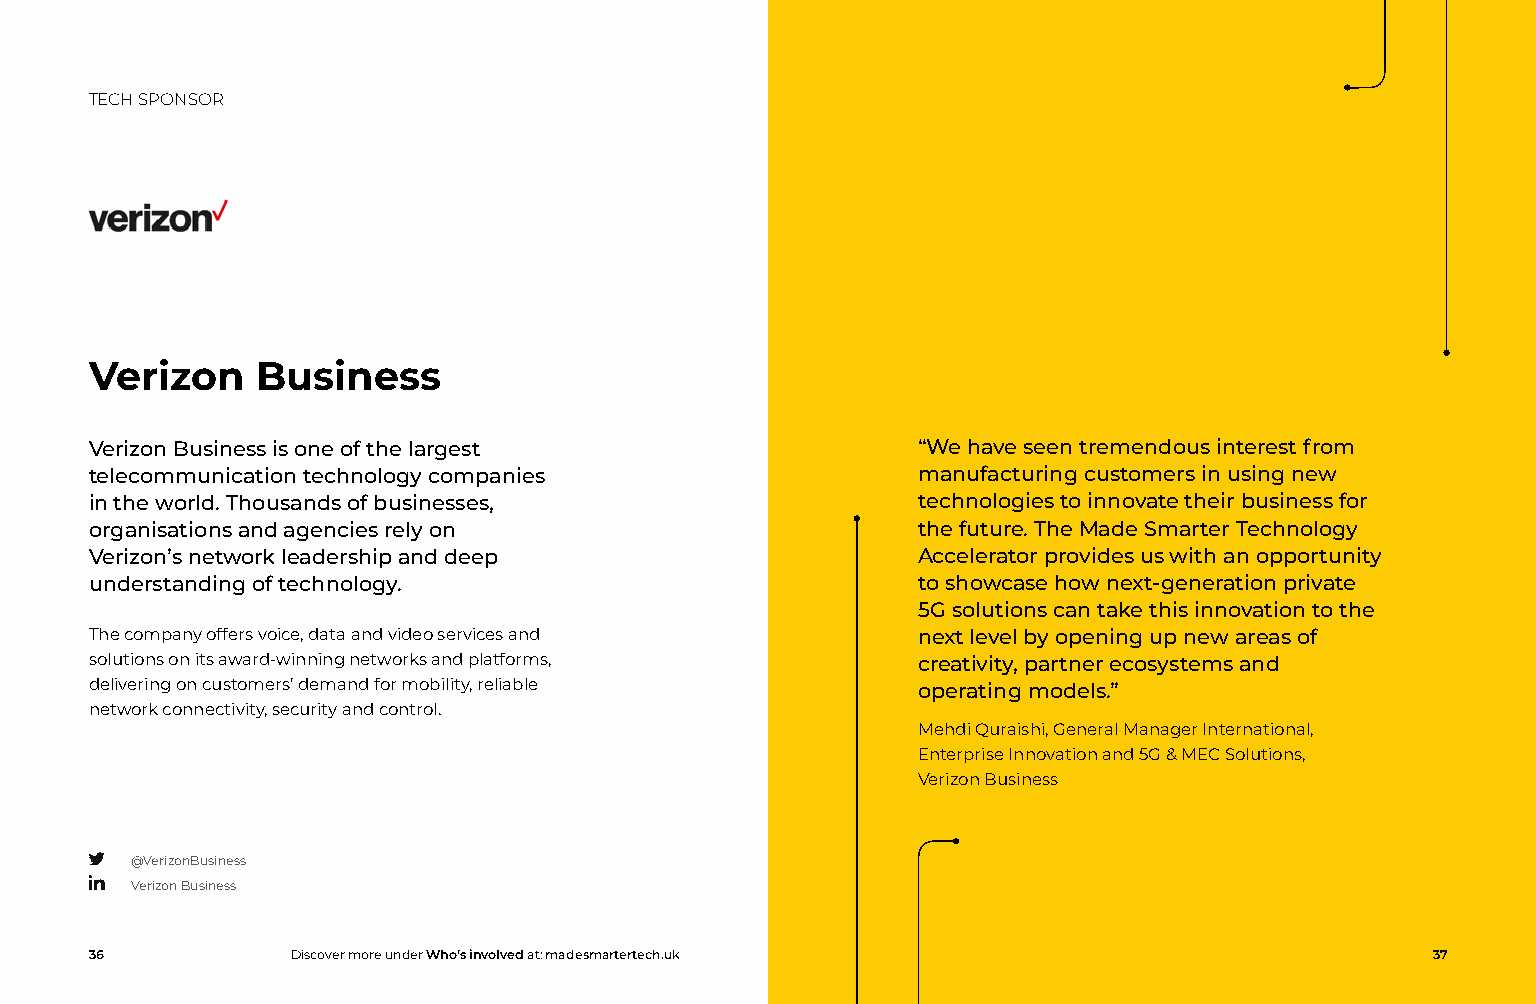
TECH SPONSOR
 Verizon    Business
 Verizon Business is one of the largest                 “We have seen tremendous interest from
 telecommunication technology companies                 manufacturing customers in using new
 in the world. Thousands of businesses,                 technologies to innovate their business for
 organisations and agencies rely on                     the future. The Made Smarter Technology
 Verizon’s network leadership and deep                  Accelerator provides us with an opportunity
 understanding of technology.                           to showcase how next-generation private
 5G solutions can take this innovation to the
 The company offers voice, data and video services and  next level by opening up new areas of
 solutions on its award-winning networks and platforms, creativity, partner ecosystems and
 delivering on customers’ demand for mobility, reliable operating models.”
 network connectivity, security and control.
 Mehdi Quraishi, General Manager International,
 Enterprise Innovation and 5G & MEC Solutions,
 Verizon Business
 @VerizonBusiness
 Verizon Business
 36           Discover more under Who’s involved at: madesmartertech.uk                   37